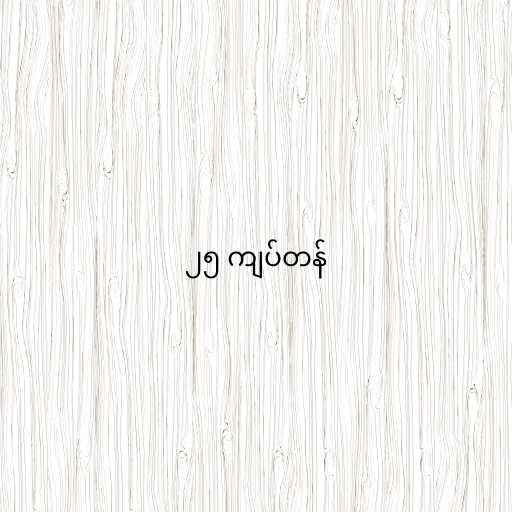
၂၅ ကျပ်တန်